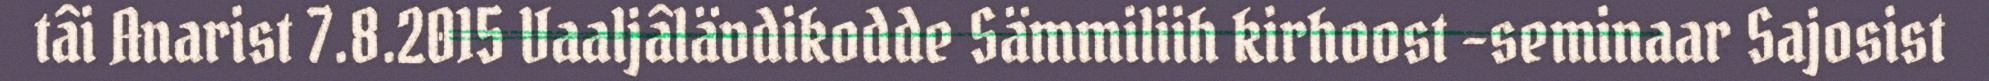
tâi Anarist 7.8.2015 Vaaljâlävdikodde Sämmiliih kirhoost -seminaar Sajosist